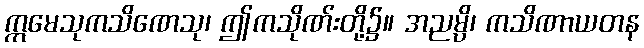
ဣမေသုကသိဏေသု၊ ဤကသိုဏ်းတို့၌။ အညမ္ပိ၊ ကသိဏာယတန